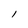
Character: I